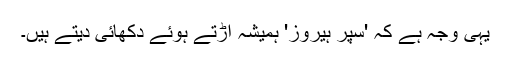
یہی وجہ ہے کہ 'سپر ہیروز' ہمیشہ اڑتے ہوئے دکھائی دیتے ہیں۔